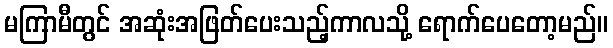
မကြာမီတွင် အဆုံးအဖြတ်ပေးသည့်ကာလသို့ ရောက်ပေတော့မည်။